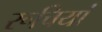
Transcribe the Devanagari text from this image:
रूचियां